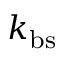
k _ { \mathrm { b s } }